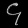
Digit: ၄